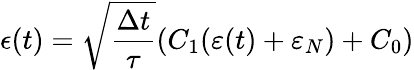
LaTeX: \epsilon(t)=\sqrt{\frac{\Delta t}{\tau}}(C_{1}(\varepsilon(t)+\varepsilon_{N})+C_{0})